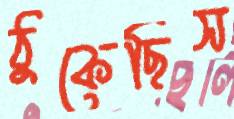
ঠুকেছিস